Indian journal of veterinary science and animal husbandry - Volumes 22-23, 1952-1953
Year: 1952
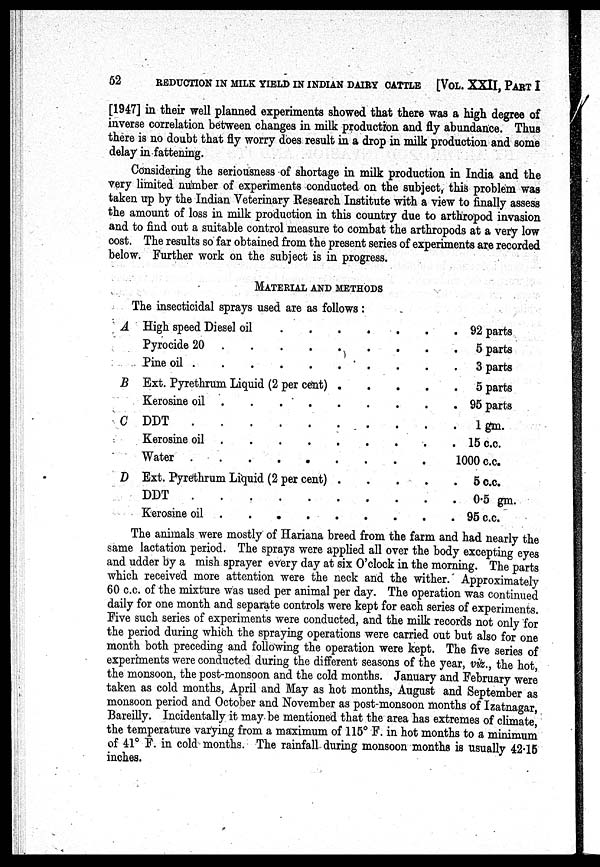
52
REDUCTION IN MILK YIELD IN INDIAN DAIRY CATTLE [VOL. XXII, PART I
[1947] in their well planned experiments showed that there was a high degree of
inverse correlation between changes in milk production and fly abundance. Thus
there is no doubt that fly worry does result in a drop in milk production and some
delay in fattening.
Considering the seriousness of shortage in milk production in India and the
very limited number of experiments conducted on the subject, this problem was
taken up by the Indian Veterinary Research Institute with a view to finally assess
the amount of loss in milk production in this country due to arthropod invasion
and to find out a suitable control measure to combat the arthropods at a very low
cost. The results so far obtained from the present series of experiments are recorded
below. Further work on the subject is in progress.
MATERIAL AND METHODS
The insecticidal sprays used are as follows:
A High speed Diesel oil
Pyrocide 20
Pine oil
B Ext. Pyrethrum Liquid (2 per cent)
....
Kerosine oil
C DDT
Kerosine oil
Water
D Ext. Pyrethrum Liquid (2 per cent) .
.
.
.
DDT
Kerosine oil
92 parts
5 parts
3 parts
5 parts
95 parts
1 gm.
15 c.c.
1000 c.c.
5 c.c.
0.5 gm.
95 c.c.
The animals were mostly of Hariana breed from the farm and had nearly the
same lactation period. The sprays were applied all over the body excepting eyes
and udder by a mish sprayer every day at six O'clock in the morning. The parts
which received more attention were the neck and the wither. Approximately
60 c.c. of the mixture was used per animal per day. The operation was continued
daily for one month and separate controls were kept for each series of experiments.
Five such series of experiments were conducted, and the milk records not only for
the period during which the spraying operations were carried out but also for one
month both preceding and following the operation were kept. The five series of
experiments were conducted during the different seasons of the year, viz., the hot,
the monsoon, the post-monsoon and the cold months. January and February were
taken as cold months, April and May as hot months, August and September as
monsoon period and October and November as post-monsoon months of Izatnagar,
Bareilly. Incidentally it may. be mentioned that the area has extremes of climate,
the temperature varying from a maximum of 115° F. in hot months to a minimum
of 41° F. in cold months. The rainfall during monsoon months is usually 42.15
inches.